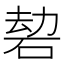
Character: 䂲